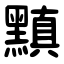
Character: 黰